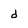
Character: d